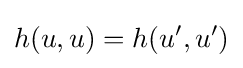
h(u,u)=h(u',u')